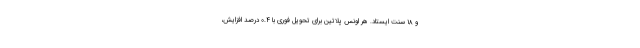
و ۱۸ سنت ایستاد. هر اونس پلاتین برای تحویل فوری با ۰.۴ درصد افزایش،